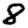
Digit: 8